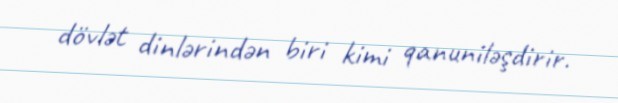
dövlət dinlərindən biri kimi qanuniləşdirir.